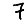
Digit: 7